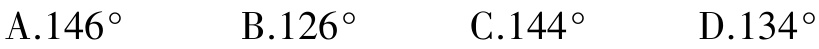
A.$146^{\circ}$  B.$126^{\circ}$  C.$144^{\circ}$  D.$134^{\circ}$